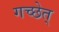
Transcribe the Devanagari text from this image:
गच्छेत्‌